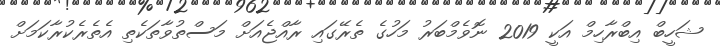
ޝަހީބް އިބްރާހިމް އަކީ 2019 ނޮވެމްބަރު މަހުގެ ތެރޭގައި ރާއްޖެއަށް މަސްތުވާތަކެތި އެތެރެކުރާކަމަށް